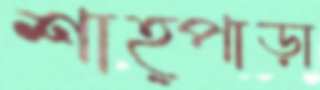
শাহ্পাড়া